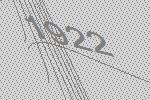
1922